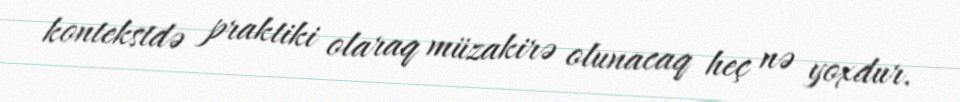
kontekstdə praktiki olaraq müzakirə olunacaq heç nə yoxdur.